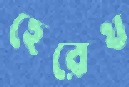
হেরেথ